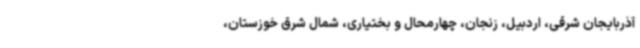
آذربایجان شرقی، اردبیل، زنجان، چهارمحال و بختیاری، شمال شرق خوزستان،